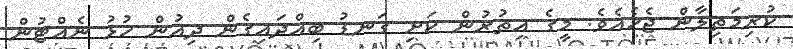
ކުރިމަތިލާން ޖެހެއެވެ. މީގެ އިތުރުން ކަށި ގަނޑު ބިއްދައިގެން ދިއުން ހުޅު ނެއްޓުން